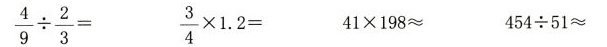
$$\frac { 4 } { 9 } \div \frac { 2 } { 3 } =$$ $$\frac { 3 } { 4 } \times 1 . 2 =$$